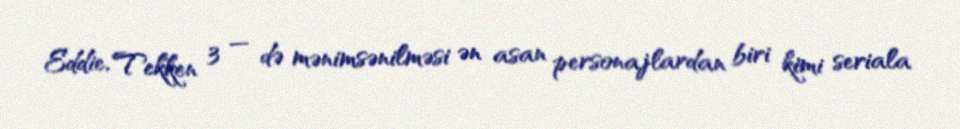
Eddie, Tekken 3 — də mənimsənilməsi ən asan personajlardan biri kimi seriala